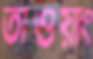
তাওয়াং